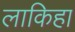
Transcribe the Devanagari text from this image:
लाकिहा